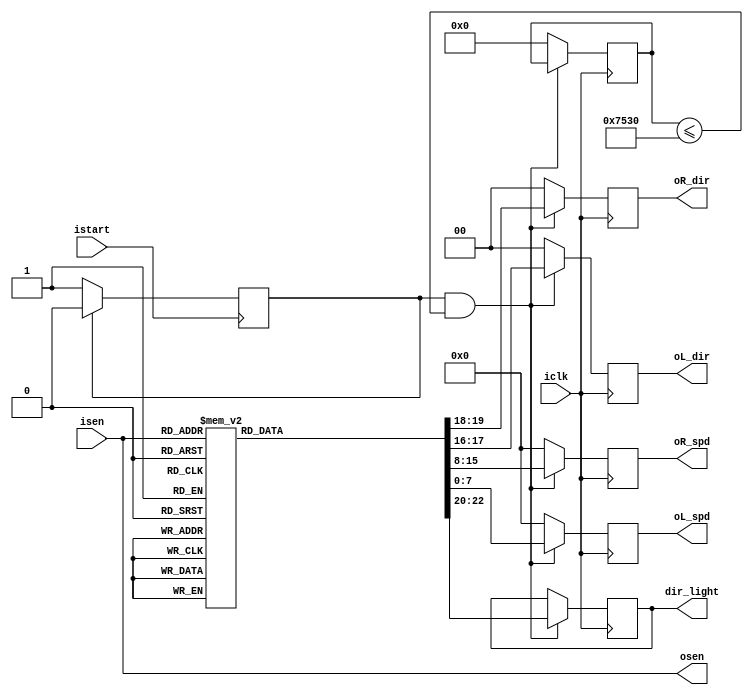
module controller_2 (	iclk,
							isen,
							istart,
							oL_spd,
							oR_spd,
							oL_dir,
							oR_dir,
							osen,
							dir_light);

input			iclk;
input [3:0]	isen;
input 		istart;

reg 			startreg=0;
reg	[32:0]warning;

output reg 	[7:0]oL_spd,oR_spd;
output reg 	[1:0]oL_dir,oR_dir;
output 		[3:0]osen;
output reg 	[2:0]dir_light;

always @(posedge istart)begin
	if (startreg == 0)begin
		startreg <= 1;
	end
	else if (startreg ==1)begin
		startreg <= 0;
	end
end

always @ (posedge iclk)begin
	if (startreg==1 && warning<= 30000)begin
		case(isen)
		4'b0000:begin
			oL_spd<= 8'h02;
			oR_spd<= 8'h02;
			oL_dir<= 2'b01;
			oR_dir<= 2'b01;
			dir_light <=2'b00;
		end
		4'b0001:begin
			oL_spd<= 8'haa;
			oR_spd<= 8'hcc;
			oL_dir<= 2'b01;
			oR_dir<= 2'b10;
			dir_light <=2'b01;
		end
		4'b0010:begin
			oL_spd<= 8'h02;
			oR_spd<= 8'h01;
			oL_dir<= 2'b01;
			oR_dir<= 2'b01;
			dir_light <=2'b00;
		end
		4'b0011:begin
			oL_spd<= 8'haa;
			oR_spd<= 8'hcc;
			oL_dir<= 2'b01;
			oR_dir<= 2'b10;
			dir_light <=2'b01;
		end
		4'b0100:begin
			oL_spd<= 8'h01;
			oR_spd<= 8'h02;
			oL_dir<= 2'b01;
			oR_dir<= 2'b01;
			dir_light <=2'b00;
		end
		4'b0101:begin
			oL_spd<= 8'haa;
			oR_spd<= 8'hcc;
			oL_dir<= 2'b01;
			oR_dir<= 2'b10;
			dir_light <=2'b01;
		end
		4'b0110:begin
			oL_spd<= 8'h02;
			oR_spd<= 8'h02;
			oL_dir<= 2'b01;
			oR_dir<= 2'b01;
			dir_light <=2'b00;
		end
		4'b0111:begin
			oL_spd<= 8'haa;
			oR_spd<= 8'hcc;
			oL_dir<= 2'b01;
			oR_dir<= 2'b10;
			dir_light <=2'b01;
		end
		4'b1000:begin
			oL_spd<= 8'hcc;
			oR_spd<= 8'haa;
			oL_dir<= 2'b10;
			oR_dir<= 2'b01;
			dir_light <=2'b10;
		end
		4'b1001:begin
			oL_spd<= 8'h00;
			oR_spd<= 8'h00;
			oL_dir<= 2'b00;
			oR_dir<= 2'b00;
			dir_light <=2'b11;
		end
		4'b1010:begin
			oL_spd<= 8'hcc;
			oR_spd<= 8'haa;
			oL_dir<= 2'b10;
			oR_dir<= 2'b01;
			dir_light <=2'b10;
		end
		4'b1011:begin
			oL_spd<= 8'haa;
			oR_spd<= 8'hcc;
			oL_dir<= 2'b01;
			oR_dir<= 2'b10;
			dir_light <=2'b01;
		end
		4'b1100:begin
			oL_spd<= 8'hcc;
			oR_spd<= 8'haa;
			oL_dir<= 2'b10;
			oR_dir<= 2'b01;
			dir_light <=2'b10;
		end
		4'b1101:begin
			oL_spd<= 8'hcc;
			oR_spd<= 8'haa;
			oL_dir<= 2'b10;
			oR_dir<= 2'b01;
			dir_light <=2'b10;
		end
		4'b1110:begin
			oL_spd<= 8'hcc;
			oR_spd<= 8'haa;
			oL_dir<= 2'b10;
			oR_dir<= 2'b01;
			dir_light <=2'b10;
		end
		4'b1111:begin
			oL_spd<= 8'h00;
			oR_spd<= 8'h00;
			oL_dir<= 2'b00;
			oR_dir<= 2'b00;
			dir_light <=2'b11;
		end
		default:begin
			oL_spd<= 8'h00;
			oR_spd<= 8'h00;
			oL_dir<= 2'b00;
			oR_dir<= 2'b00;
		end
		endcase
	end
	else if (startreg==0)begin
		oL_spd<= 8'h00;
		oR_spd<= 8'h00;
		oL_dir<= 2'b00;
		oR_dir<= 2'b00;
		warning <= 0;
	end
	else begin
		oL_spd<= 8'h00;
		oR_spd<= 8'h00;
		oL_dir<= 2'b00;
		oR_dir<= 2'b00;
		warning <= 0;
	end
end

assign osen = isen;
endmodule